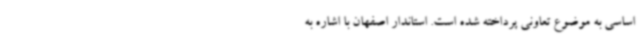
اساسی به موضوع تعاونی پرداخته شده است. استاندار اصفهان با اشاره به